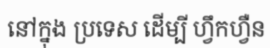
នៅក្នុង ប្រទេស ដើម្បី ហ្វឹកហ្វឺន